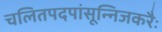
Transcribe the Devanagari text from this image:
चलितपदपांसून्निजकरैः